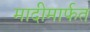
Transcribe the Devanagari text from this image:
मादीमार्फत